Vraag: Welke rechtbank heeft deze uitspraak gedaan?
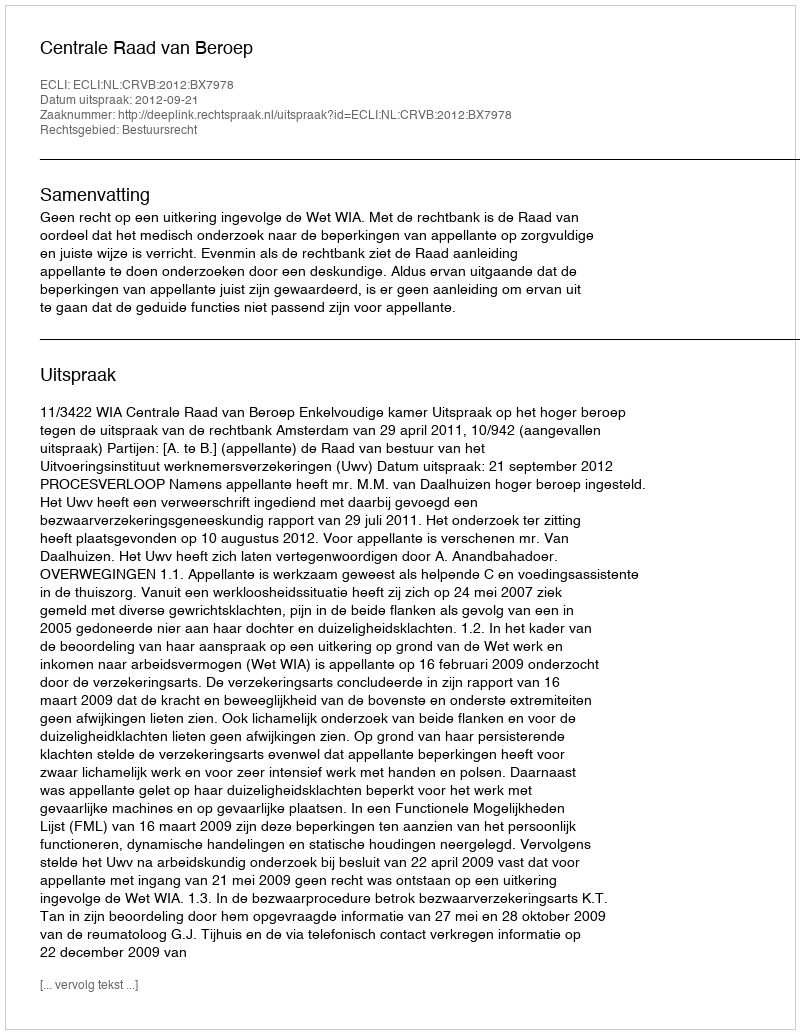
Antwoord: Centrale Raad van Beroep